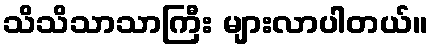
သိသိသာသာကြီး များလာပါတယ်။